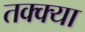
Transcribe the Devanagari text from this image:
तक्क्या